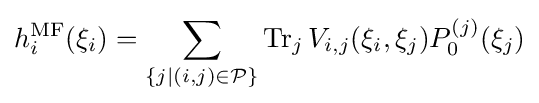
h_{i}^{\text{MF}}(\xi _{i})=\sum _{\{j\mid (i,j)\in {\mathcal {P}}\}}\operatorname {Tr} _{j}V_{i,j}(\xi _{i},\xi _{j})P_{0}^{(j)}(\xi _{j})